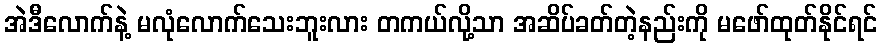
အဲဒီလောက်နဲ့ မလုံလောက်သေးဘူးလား တကယ်လို့သာ အဆိပ်ခတ်တဲ့နည်းကို မဖော်ထုတ်နိုင်ရင်